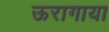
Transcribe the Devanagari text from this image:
ऊरागाया